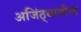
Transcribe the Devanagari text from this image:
अजिंठ्यातील